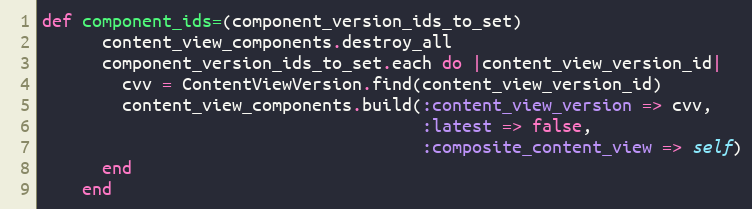
Language: Ruby
def component_ids=(component_version_ids_to_set)
      content_view_components.destroy_all
      component_version_ids_to_set.each do |content_view_version_id|
        cvv = ContentViewVersion.find(content_view_version_id)
        content_view_components.build(:content_view_version => cvv,
                                      :latest => false,
                                      :composite_content_view => self)
      end
    end